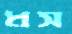
ধস